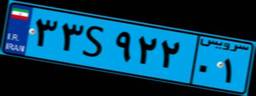
۴۲S۲۱۹۹۶